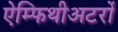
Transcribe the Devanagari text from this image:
ऐम्फिथीअटरों